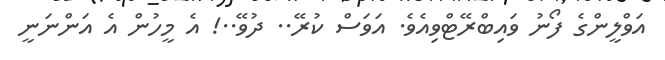
އަވްލީންގެ ފޯނު ވައިބްރޭޓްވިއެވެ. އަވަސް ކުރޭ.. ދުވޭ..! އެ މީހުން އެ އަންނަނީ